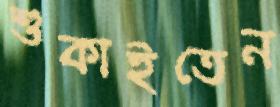
শুকাইতেন